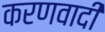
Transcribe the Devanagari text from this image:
करणवादी